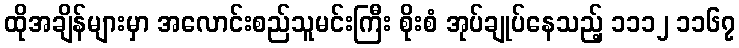
ထိုအချိန်များမှာ အလောင်းစည်သူမင်းကြီး စိုးစံ အုပ်ချုပ်နေသည့် ၁၁၁၂ ၁၁၆၇